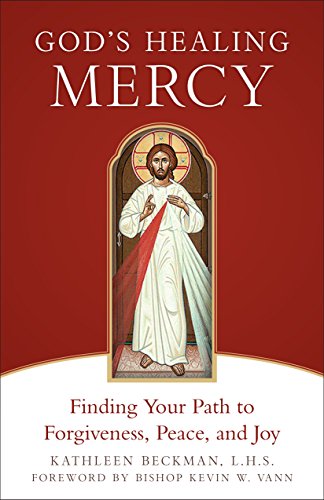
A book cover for God's Healing Mercy; Kathleen Beckman; Christian Books & Bibles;